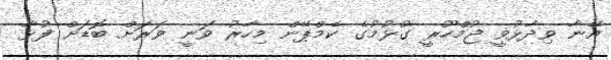
އޭނާ ވިދާޅުވީ ޖުމްހޫރީ ގުޅުމުގެ ކެމްޕޭން މިހާރު ވަނީ ވަރަށް ބޮޑަށް ފުޅާ